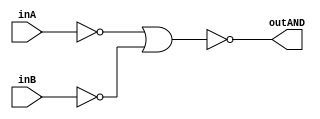
/* CSED273 lab1 experiment 2_i */
/* lab1_2_i.v */


/* Implement AND with {OR, NOT}
 * You are only allowed to wire modules together */
module lab1_2_i(outAND, inA, inB);
    output wire outAND;
    input wire inA, inB;

    wire nA, nB, orAB;
    
    not(nA, inA);
    not(nB, inB);
    or(orAB, nA, nB);
    not(outAND, orAB);

endmodule